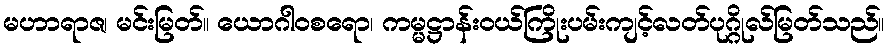
မဟာရာဇ၊ မင်းမြတ်။ ယောဂါဝစရော၊ ကမ္မဋ္ဌာန်းဝယ်ကြိုးပမ်းကျင့်လတ်ပုဂ္ဂိုလ်မြတ်သည်။